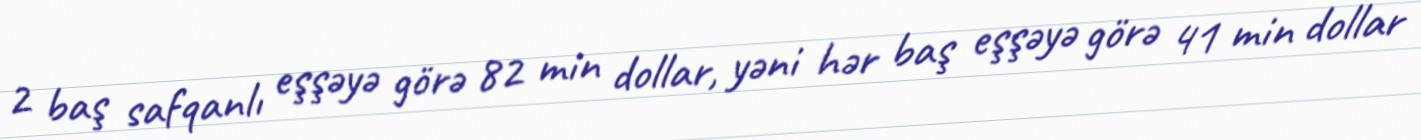
2 baş safqanlı eşşəyə görə 82 min dollar, yəni hər baş eşşəyə görə 41 min dollar